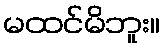
မထင်မိဘူး။